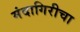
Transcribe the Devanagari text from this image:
मंदागिरीचा